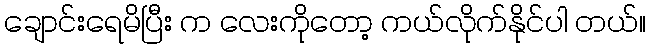
ချောင်းရေမိပြီး က လေးကိုတော့ ကယ်လိုက်နိုင်ပါ တယ်။